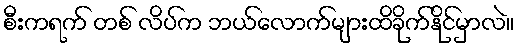
စီးကရက် တစ် လိပ်က ဘယ်လောက်များထိခိုက်နိုင်မှာလဲ။